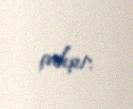
çalışır.